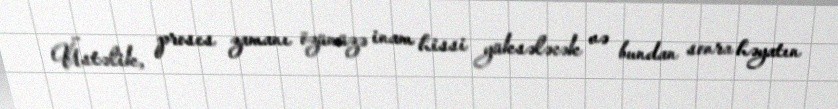
Üstəlik, proses zamanı özünüzə inam hissi yüksələcək və bundan sonra həyatın